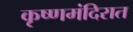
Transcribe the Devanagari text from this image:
कृष्णमंदिरात